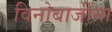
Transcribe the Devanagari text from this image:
विनोबाजींना